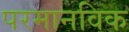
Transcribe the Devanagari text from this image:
परमानविक